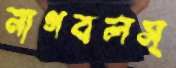
নাগবলস্